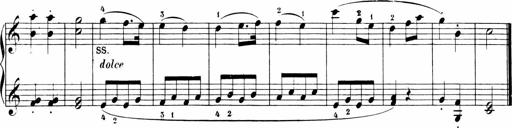
Title: Sonatinen Op.47, 98 und 136, nebst 6 Liedersonatinen
Composer: Carl Reinecke